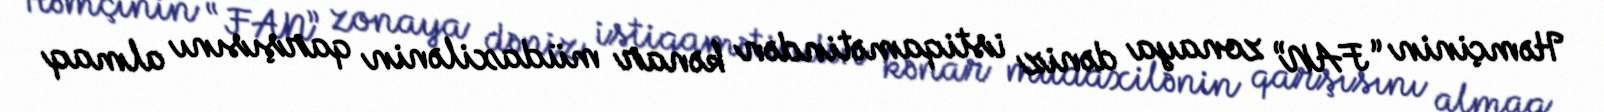
Həmçinin “FAN” zonaya dəniz istiqamətindən kənar müdaxilənin qarşısını almaq